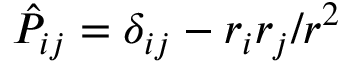
\hat { P } _ { i j } = \delta _ { i j } - r _ { i } r _ { j } / r ^ { 2 }